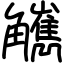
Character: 觽